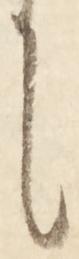
に